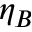
\eta _ { B }